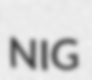
NIG